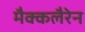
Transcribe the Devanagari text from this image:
मैक्कलैरेन